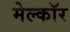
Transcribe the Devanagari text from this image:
मेल्कॉर